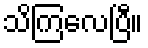
သိကြလေပြီ။